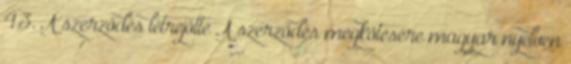
4.3. A szerződés létrejötte A szerződés megkötésére magyar nyelven